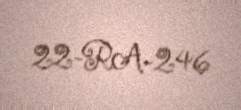
22-RA-246